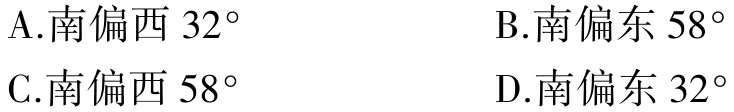
A.南偏西 \(32^{\circ}\)

B.南偏东 \(58^{\circ}\)

C.南偏西 \(58^{\circ}\)

D.南偏东 \(32^{\circ}\)